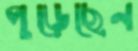
পুড়েছেন